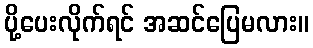
ပို့ပေးလိုက်ရင် အဆင်ပြေမလား။